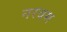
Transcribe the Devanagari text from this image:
नरवम